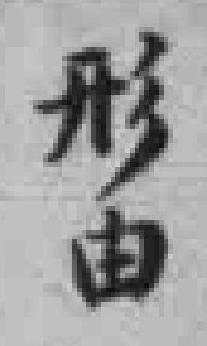
形由